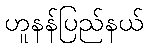
ဟူနန်ပြည်နယ်